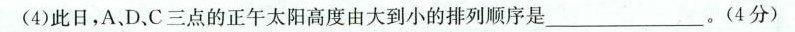
(4)此日，A,D.C三点的正午太阳高度由大到小的排列顺序是___。(4分）